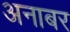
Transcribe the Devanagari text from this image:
अनाबर